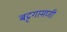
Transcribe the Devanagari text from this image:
बट्टगामणी